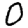
Digit: 0